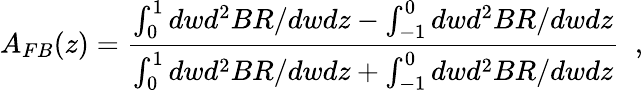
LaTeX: A_{FB}(z)=\frac{\int_{0}^{1}dwd^{2}BR/dwdz-\int_{-1}^{0}dwd^{2}BR/dwdz}{\int_{0}^{1}dwd^{2}BR/dwdz+\int_{-1}^{0}dwd^{2}BR/dwdz}\; \; ,